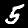
Digit: 5